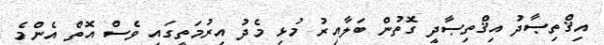
އިޤްތިޞާދު އިޤްތިޞާދީ ގޮތުން ބަލާއިރު މުޅި މެދު އިރުމަތީގައި ވެސް އޮތް އެންމެ